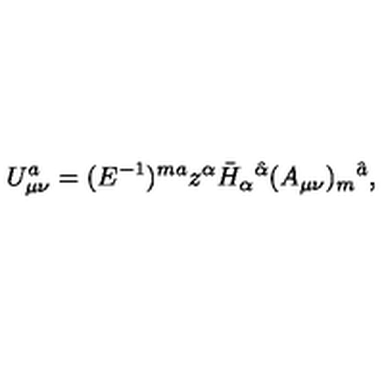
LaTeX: U _ { \mu \nu } ^ { a } = ( E ^ { - 1 } ) ^ { m a } z ^ { \alpha } \bar { H } _ { \alpha } { } ^ { \hat { \alpha } } ( A _ { \mu \nu } ) _ { m } { } ^ { \hat { a } } ,